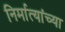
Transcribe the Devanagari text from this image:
निर्मात्यांच्या